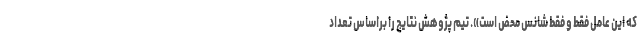
که این عامل فقط و فقط شانس محض است». تیمِ پژوهش نتایج را براساس تعداد